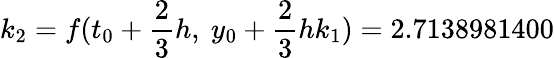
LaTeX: k_{2}=f(t_{0}+{\frac{2}{3}}h,\ y_{0}+{\frac{2}{3}}hk_{1})=2.7138981400